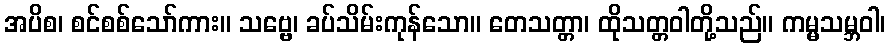
အပိစ၊ စင်စစ်သော်ကား။ သဗ္ဗေ၊ ခပ်သိမ်းကုန်သော။ တေသတ္တာ၊ ထိုသတ္တဝါတို့သည်။ ကမ္မသမ္ဘဝါ၊